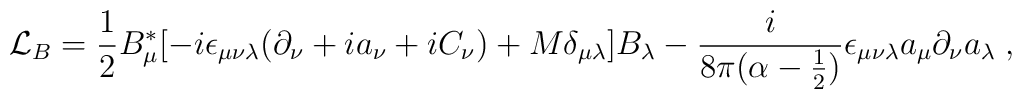
{\cal L}_B =\frac{1}{2}B^*_{\mu}[-i\epsilon_{\mu\nu\lambda}(\partial_\nu + ia_\nu+iC_\nu)+M\delta_{\mu\lambda}]B_\lambda- \frac{i}{8\pi(\alpha-\frac{1}{2})}\epsilon_{\mu\nu\lambda}a_\mu\partial_\nu a_\lambda\;,